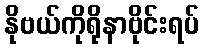
နိုဗယ်ကိုရိုနာဗိုင်းရပ်